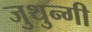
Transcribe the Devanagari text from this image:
जुथुन्गी